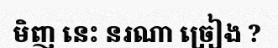
មិញ នេះ នរណា ច្រៀង ?